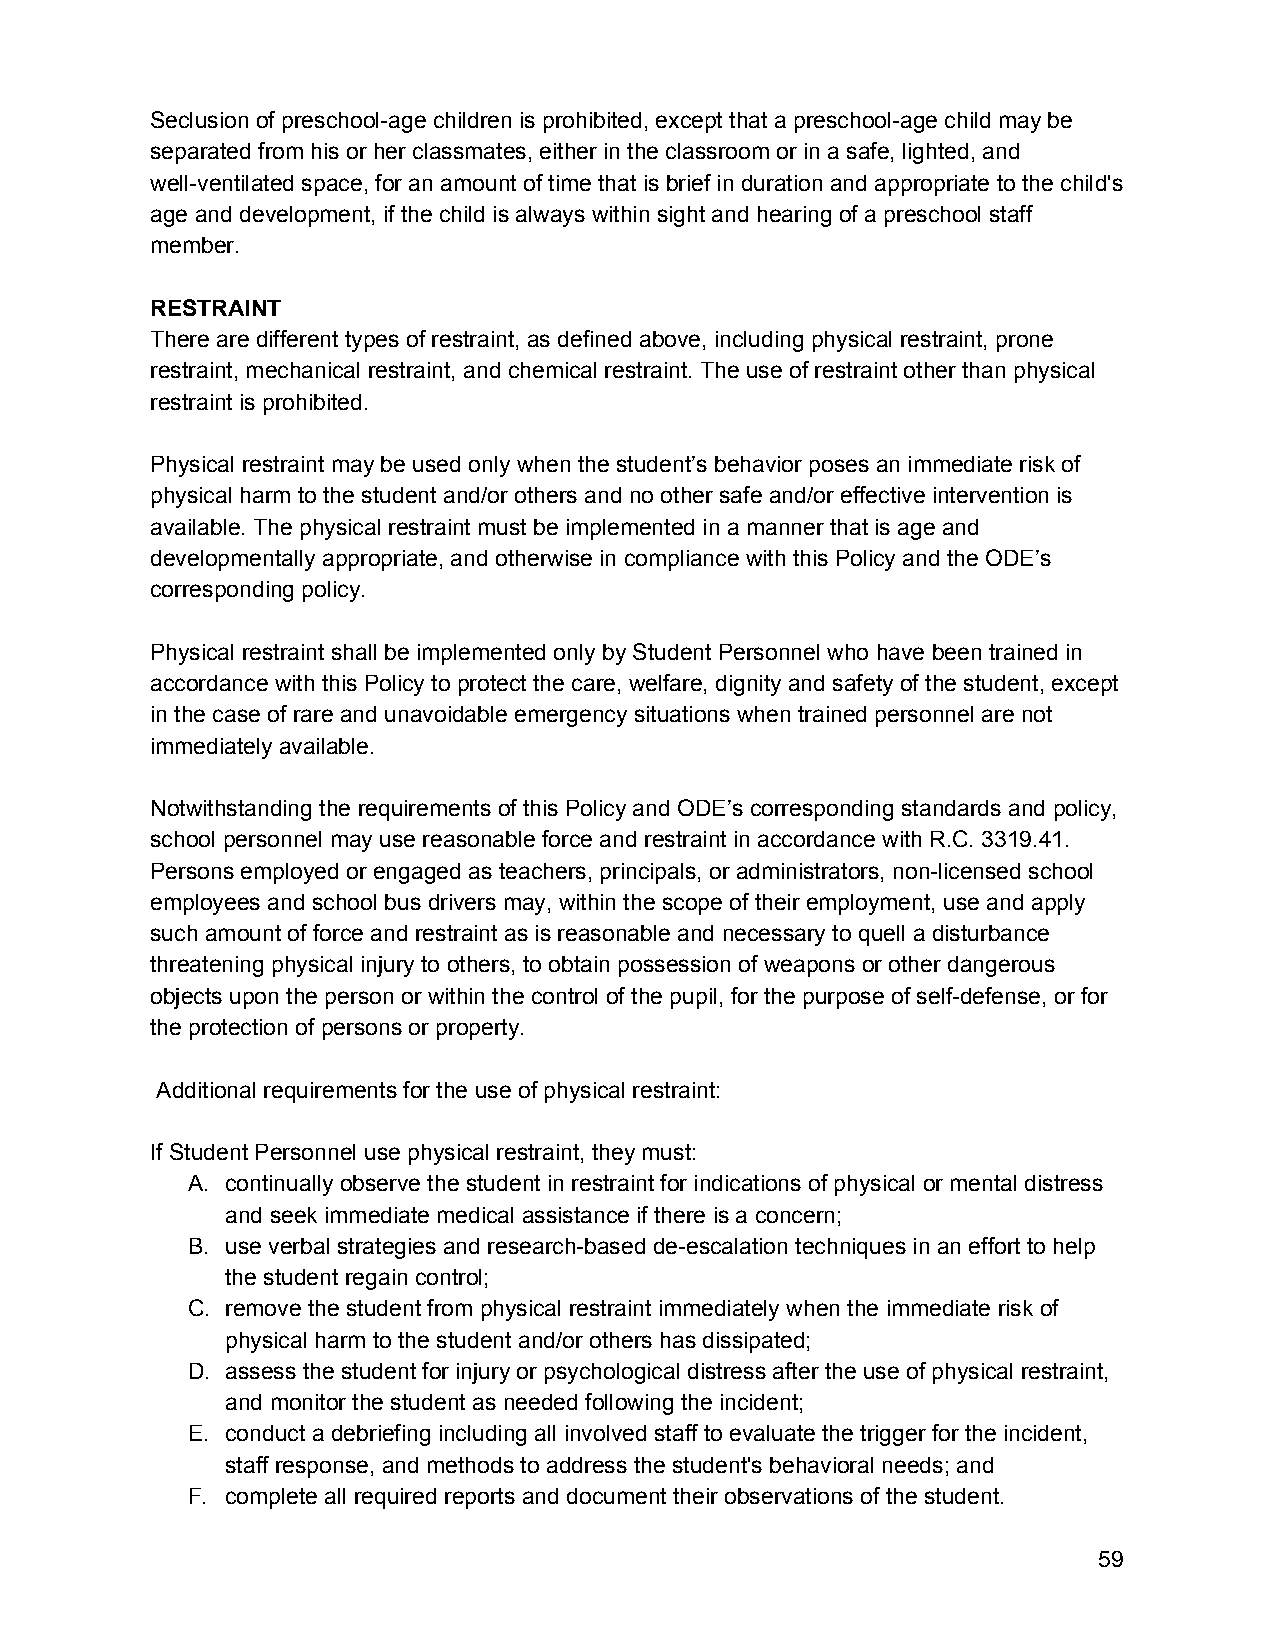
Seclusion of preschool-age children is prohibited, except that a preschool-age child may be
 separated from his or her classmates, either in the classroom or in a safe, lighted, and
 well-ventilated space, for an amount of time that is brief in duration and appropriate to the child's
 age and development, if the child is always within sight and hearing of a preschool staff
 member.
 RESTRAINT
 There are different types of restraint, as defined above, including physical restraint, prone
 restraint, mechanical restraint, and chemical restraint. The use of restraint other than physical
 restraint is prohibited.
 Physical restraint may be used only when the student’s behavior poses an immediate risk of
 physical harm to the student and/or others and no other safe and/or effective intervention is
 available. The physical restraint must be implemented in a manner that is age and
 developmentally appropriate, and otherwise in compliance with this Policy and the ODE’s
 corresponding policy.
 Physical restraint shall be implemented only by Student Personnel who have been trained in
 accordance with this Policy to protect the care, welfare, dignity and safety of the student, except
 in the case of rare and unavoidable emergency situations when trained personnel are not
 immediately available.
 Notwithstanding the requirements of this Policy and ODE’s corresponding standards and policy,
 school personnel may use reasonable force and restraint in accordance with R.C. 3319.41.
 Persons employed or engaged as teachers, principals, or administrators, non-licensed school
 employees and school bus drivers may, within the scope of their employment, use and apply
 such amount of force and restraint as is reasonable and necessary to quell a disturbance
 threatening physical injury to others, to obtain possession of weapons or other dangerous
 objects upon the person or within the control of the pupil, for the purpose of self-defense, or for
 the protection of persons or property.
 Additional requirements for the use of physical restraint:
 If Student Personnel use physical restraint, they must:
 A. continually observe the student in restraint for indications of physical or mental distress
 and seek immediate medical assistance if there is a concern;
 B. use verbal strategies and research-based de-escalation techniques in an effort to help
 the student regain control;
 C. remove the student from physical restraint immediately when the immediate risk of
 physical harm to the student and/or others has dissipated;
 D. assess the student for injury or psychological distress after the use of physical restraint,
 and monitor the student as needed following the incident;
 E. conduct a debriefing including all involved staff to evaluate the trigger for the incident,
 staff response, and methods to address the student's behavioral needs; and
 F. complete all required reports and document their observations of the student.
 59